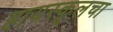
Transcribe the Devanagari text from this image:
हायस्कूलचा